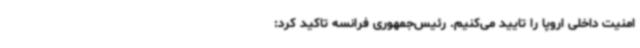
امنیت داخلی اروپا را تایید می‌کنیم. رئیس‌جمهوری فرانسه تاکید کرد: